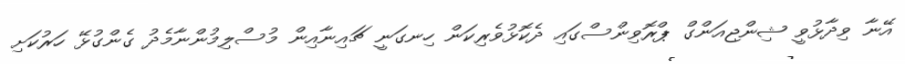
އޭނާ ވިދާޅުވީ ޝިންޖިއަންގް ޕްރޮވިންސްގައި ދެކޮޅުވެރިކަން ހިނގަނީ ޗައިނާއިން މުސްލިމުންނާމެދު ގެންގުޅޭ ހަރުކަށި